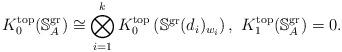
LaTeX: \begin{align*} K^{\mathrm{top}}_0(\mathbb{S}^{\mathrm{gr}}_A)\cong \bigotimes_{i=1}^k K^{\mathrm{top}}_0\left(\mathbb{S}^{\mathrm{gr}}(d_i)_{w_i}\right), \ K^{\mathrm{top}}_1(\mathbb{S}^{\mathrm{gr}}_A)=0.\end{align*}